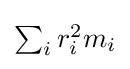
{\textstyle \sum _{i}r_{i}^{2}m_{i}}